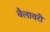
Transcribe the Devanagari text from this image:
बैलावरी